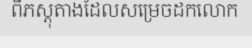
ពីភស្តុតាងដែលសម្រេចដកលោក